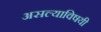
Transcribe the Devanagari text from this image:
असल्याविषयी